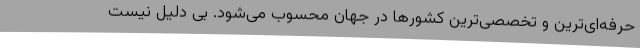
حرفه‌ای‌ترین و تخصصی‌ترین کشورها در جهان محسوب می‌شود. بی دلیل نیست